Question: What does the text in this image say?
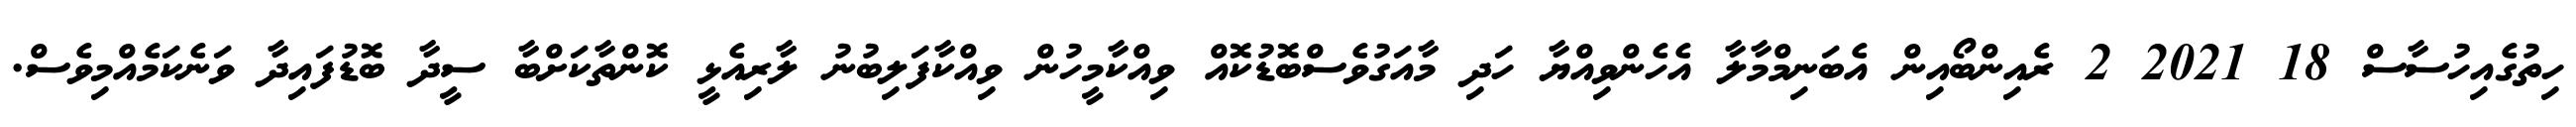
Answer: ހިތުގެއިހުސާސް 18 2021 2 ރެއިންބޯއިން އެބަނިމްމާލާ އެހެންވިއްޔާ ހަދި މާއަގުވެސްބޮޑުކޮއް ވިއްކާމީހުން ވިއްކާފަލިބުނު ލާރިއެޅީ ކޮންތާކަށްބާ ސީދާ ބޮޑުފައިދާ ވަނެކަމެއްމިވެސް.